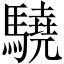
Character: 驍